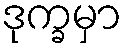
ဒုက္ခမှာ